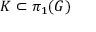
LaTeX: K \subset \pi _ { 1 } ( G )